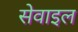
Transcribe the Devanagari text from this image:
सेवाइल